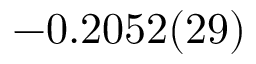
- 0 . 2 0 5 2 ( 2 9 )